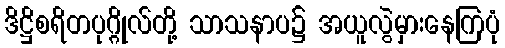
ဒိဋ္ဌိစရိတပုဂ္ဂိုလ်တို့ သာသနာပ၌ အယူလွဲမှားနေကြပုံ